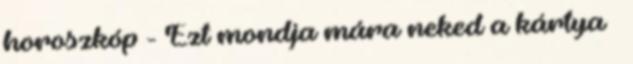
horoszkóp - Ezt mondja mára neked a kártya »